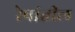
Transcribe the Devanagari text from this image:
रेषांतील